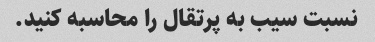
نسبت سیب به پرتقال را محاسبه کنید.